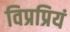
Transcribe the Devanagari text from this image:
विप्रप्रियं